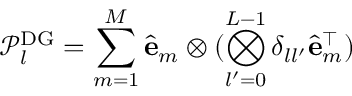
\mathcal { P } _ { l } ^ { \mathrm { { D G } } } = \sum _ { m = 1 } ^ { M } \hat { \mathbf { e } } _ { m } \otimes ( \bigotimes _ { l ^ { \prime } = 0 } ^ { L - 1 } \delta _ { l l ^ { \prime } } \hat { \mathbf { e } } _ { m } ^ { \top } )